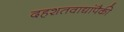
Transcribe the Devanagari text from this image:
दहशतवाद्यांपैकी